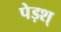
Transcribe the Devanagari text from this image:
पेड़श्